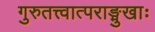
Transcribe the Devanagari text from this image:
गुरुतत्त्वात्पराङ्मुखाः